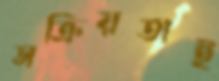
সক্রিয়তাই